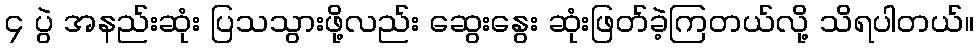
၄ ပွဲ အနည်းဆုံး ပြသသွားဖို့လည်း ဆွေးနွေး ဆုံးဖြတ်ခဲ့ကြတယ်လို့ သိရပါတယ်။